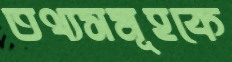
তথ্যসমূহকে